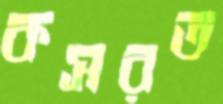
কসরত